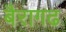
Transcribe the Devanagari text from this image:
बैरागढ